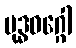
ဗုဒ္ဓဝဂ္ဂေါ